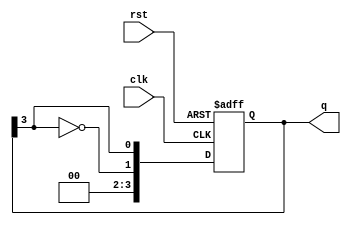
module johnson_counter (
    input wire clk,         // Clock input
    input wire rst,         // Asynchronous reset
    output reg [n-1:0] q    // Output state of the counter
);
    parameter n = 4;        // Number of flip-flops (can be adjusted as needed)

    always @(posedge clk or posedge rst) begin
        if (rst) begin
            q <= 0;         // Reset the counter
        end else begin
            q <= {~q[n-1], q[n-1:n-1]}; // Shift in the inverted last output
        end
    end
endmodule